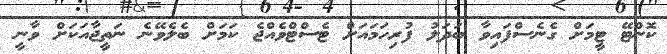
ކޮންޓޭ ޓީމަށް ގެނެސްފައިވާ ބަދަލު ފުރިހަމައަށް ޓެސްޓްވެއްޖެ ކަމަށް ބެލެވޭނެ ނަތީޖާއަކަށް ވާނީ